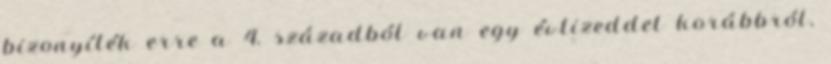
bizonyíték erre a 4. századból van egy évtizeddel korábbról,